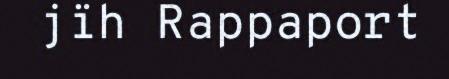
jïh Rappaport